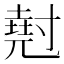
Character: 𡭄